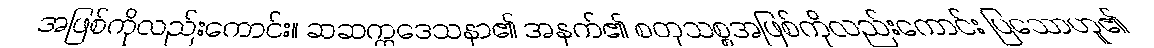
အဖြစ်ကိုလည်းကောင်း။ ဆဆက္ကဒေသနာ၏ အနက်၏ စတုသစ္စအဖြစ်ကိုလည်းကောင်း ပြသောဟူ၏